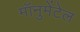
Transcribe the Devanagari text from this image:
मॉनुमेंटेल